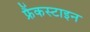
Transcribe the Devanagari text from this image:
फ्रैंकस्टाइन